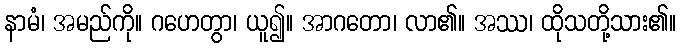
နာမံ၊ အမည်ကို။ ဂဟေတွာ၊ ယူ၍။ အာဂတော၊ လာ၏။ အဿ၊ ထိုသတို့သား၏။